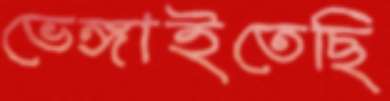
ভেঙ্গাইতেছি